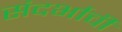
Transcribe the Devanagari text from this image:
संदर्भाची